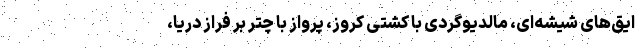
ایق‌های شیشه‌ای، مالدیوگردی با کشتی کروز، پرواز با چتر بر فراز دریا،